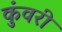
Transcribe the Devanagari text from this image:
कुंवरी